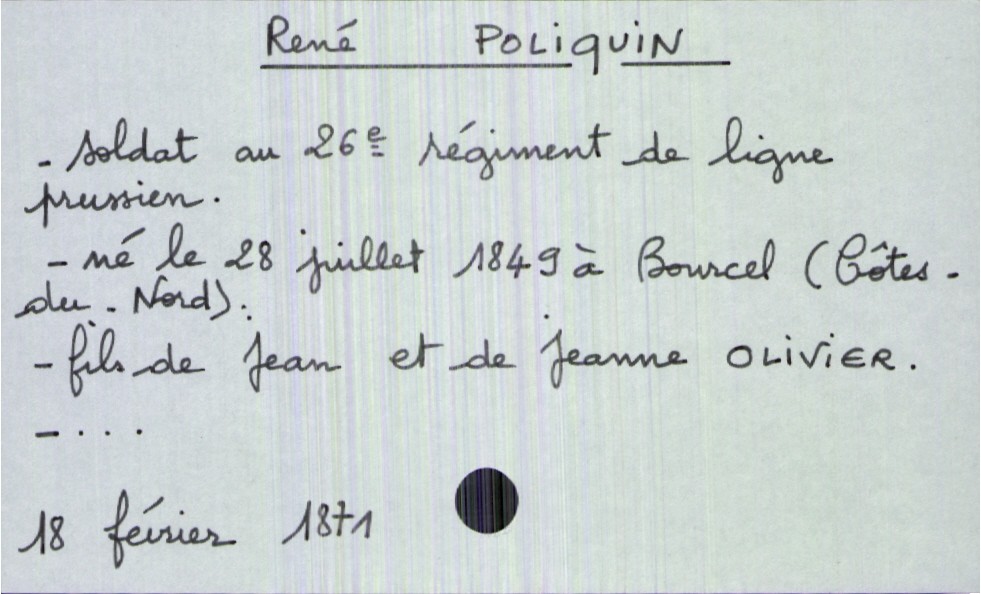
type_acte: Décès
année: 1871
mois: février
jour: 18
défunt_nom: Poliquin
défunt_prénom: René
défunt_profession: soldat au 26e régiment de ligne prussien
défunt_date_de_naissance: 28 juillet 1849
défunt_lieu_de_naissance: Bourcel (Côtes-du-Nord)
père_défunt_nom: Poliquin
père_défunt_prénom: Jean
mère_défunt_nom: Olivier
mère_défunt_prénom: Jeanne